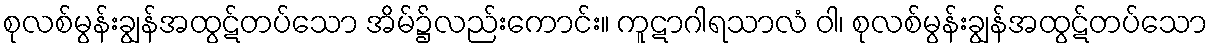
စုလစ်မွန်းချွန်အထွဋ်တပ်သော အိမ်၌လည်းကောင်း။ ကူဋာဂါရသာလံ ဝါ၊ စုလစ်မွန်းချွန်အထွဋ်တပ်သော